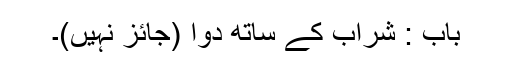
باب : شراب کے ساتھ دوا (جائز نہیں)۔